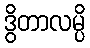
ဒွိတာလမ္ပိ